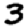
Digit: 3